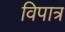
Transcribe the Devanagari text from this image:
विपात्र